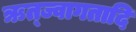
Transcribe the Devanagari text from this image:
ऋत्ज्वागतादि